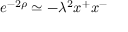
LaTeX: e ^ { - 2 \rho } \simeq - \lambda ^ { 2 } x ^ { + } x ^ { - }